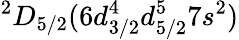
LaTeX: ^2D_{5/2}(6d_{3/2}^{4}d_{5/2}^{5}7s^{2})